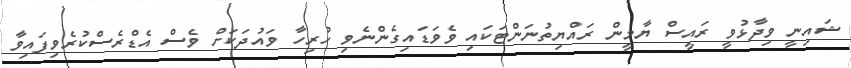
ޝައިނީ ވިދާޅުވީ ރައީސް ޔާމީން ރައްޔިތުނަންޓަކައި ވެވަޑައިގެންނެވި ހުރިހާ ވައުދަކަށް ވެސް އެޑްރެސްކުރެވިފައިވާ